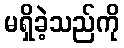
မရှိခဲ့သည်ကို